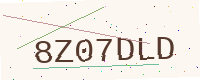
Text: 8Z07DLD